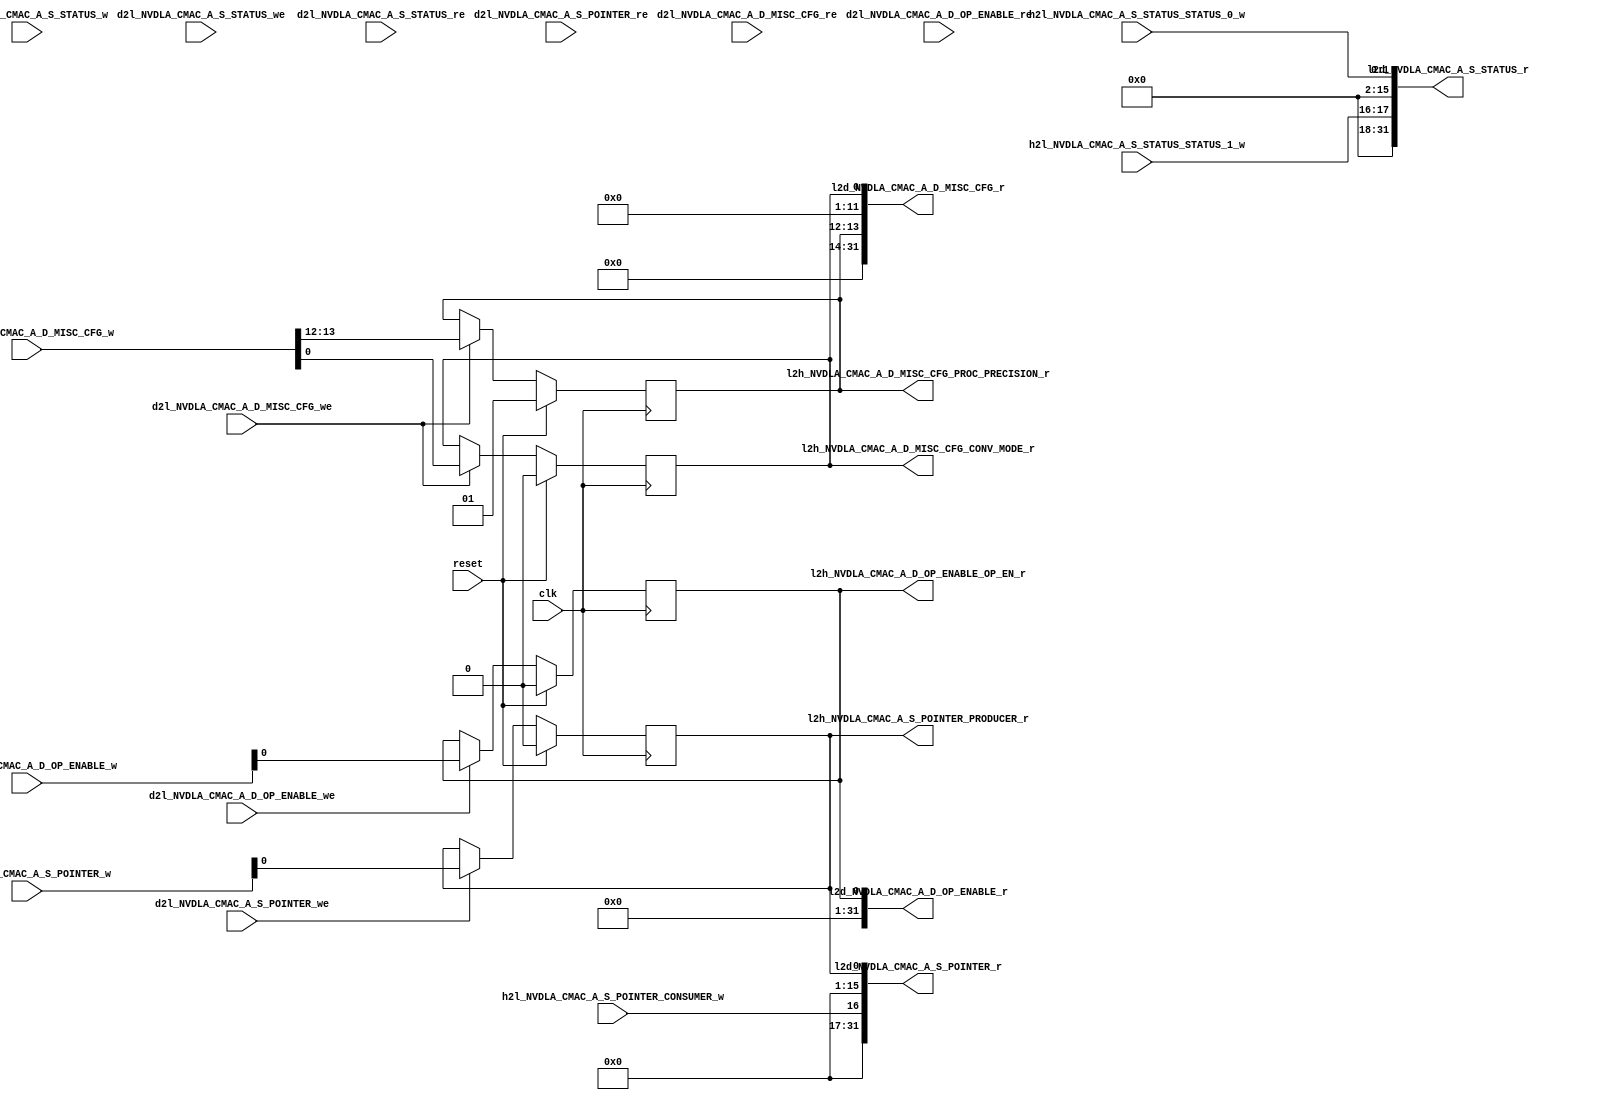
//   Ordt 171103.01 autogenerated file 
//   Input: NVDLA_CMAC_A.rdl
//   Parms: opendla.parms
//

//
//---------- module addrmap_NVDLA_jrdl_logic
//
module addrmap_NVDLA_jrdl_logic
(
  clk,
  reset,
  d2l_NVDLA_CMAC_A_S_STATUS_w,
  d2l_NVDLA_CMAC_A_S_STATUS_we,
  d2l_NVDLA_CMAC_A_S_STATUS_re,
  d2l_NVDLA_CMAC_A_S_POINTER_w,
  d2l_NVDLA_CMAC_A_S_POINTER_we,
  d2l_NVDLA_CMAC_A_S_POINTER_re,
  d2l_NVDLA_CMAC_A_D_OP_ENABLE_w,
  d2l_NVDLA_CMAC_A_D_OP_ENABLE_we,
  d2l_NVDLA_CMAC_A_D_OP_ENABLE_re,
  d2l_NVDLA_CMAC_A_D_MISC_CFG_w,
  d2l_NVDLA_CMAC_A_D_MISC_CFG_we,
  d2l_NVDLA_CMAC_A_D_MISC_CFG_re,
  h2l_NVDLA_CMAC_A_S_STATUS_STATUS_0_w,
  h2l_NVDLA_CMAC_A_S_STATUS_STATUS_1_w,
  h2l_NVDLA_CMAC_A_S_POINTER_CONSUMER_w,

  l2d_NVDLA_CMAC_A_S_STATUS_r,
  l2d_NVDLA_CMAC_A_S_POINTER_r,
  l2d_NVDLA_CMAC_A_D_OP_ENABLE_r,
  l2d_NVDLA_CMAC_A_D_MISC_CFG_r,
  l2h_NVDLA_CMAC_A_S_POINTER_PRODUCER_r,
  l2h_NVDLA_CMAC_A_D_OP_ENABLE_OP_EN_r,
  l2h_NVDLA_CMAC_A_D_MISC_CFG_CONV_MODE_r,
  l2h_NVDLA_CMAC_A_D_MISC_CFG_PROC_PRECISION_r );

  //------- inputs
  input    clk;
  input    reset;
  input     [31:0] d2l_NVDLA_CMAC_A_S_STATUS_w;
  input    d2l_NVDLA_CMAC_A_S_STATUS_we;
  input    d2l_NVDLA_CMAC_A_S_STATUS_re;
  input     [31:0] d2l_NVDLA_CMAC_A_S_POINTER_w;
  input    d2l_NVDLA_CMAC_A_S_POINTER_we;
  input    d2l_NVDLA_CMAC_A_S_POINTER_re;
  input     [31:0] d2l_NVDLA_CMAC_A_D_OP_ENABLE_w;
  input    d2l_NVDLA_CMAC_A_D_OP_ENABLE_we;
  input    d2l_NVDLA_CMAC_A_D_OP_ENABLE_re;
  input     [31:0] d2l_NVDLA_CMAC_A_D_MISC_CFG_w;
  input    d2l_NVDLA_CMAC_A_D_MISC_CFG_we;
  input    d2l_NVDLA_CMAC_A_D_MISC_CFG_re;
  input     [1:0] h2l_NVDLA_CMAC_A_S_STATUS_STATUS_0_w;
  input     [1:0] h2l_NVDLA_CMAC_A_S_STATUS_STATUS_1_w;
  input    h2l_NVDLA_CMAC_A_S_POINTER_CONSUMER_w;

  //------- outputs
  output     [31:0] l2d_NVDLA_CMAC_A_S_STATUS_r;
  output     [31:0] l2d_NVDLA_CMAC_A_S_POINTER_r;
  output     [31:0] l2d_NVDLA_CMAC_A_D_OP_ENABLE_r;
  output     [31:0] l2d_NVDLA_CMAC_A_D_MISC_CFG_r;
  output    l2h_NVDLA_CMAC_A_S_POINTER_PRODUCER_r;
  output    l2h_NVDLA_CMAC_A_D_OP_ENABLE_OP_EN_r;
  output    l2h_NVDLA_CMAC_A_D_MISC_CFG_CONV_MODE_r;
  output     [1:0] l2h_NVDLA_CMAC_A_D_MISC_CFG_PROC_PRECISION_r;


  //------- reg defines
  reg   [1:0] rg_NVDLA_CMAC_A_S_STATUS_STATUS_0;
  reg   [1:0] rg_NVDLA_CMAC_A_S_STATUS_STATUS_1;
  reg   [31:0] l2d_NVDLA_CMAC_A_S_STATUS_r;
  reg  rg_NVDLA_CMAC_A_S_POINTER_PRODUCER;
  reg  reg_NVDLA_CMAC_A_S_POINTER_PRODUCER_next;
  reg  l2h_NVDLA_CMAC_A_S_POINTER_PRODUCER_r;
  reg  rg_NVDLA_CMAC_A_S_POINTER_CONSUMER;
  reg   [31:0] l2d_NVDLA_CMAC_A_S_POINTER_r;
  reg  rg_NVDLA_CMAC_A_D_OP_ENABLE_OP_EN;
  reg  reg_NVDLA_CMAC_A_D_OP_ENABLE_OP_EN_next;
  reg  l2h_NVDLA_CMAC_A_D_OP_ENABLE_OP_EN_r;
  reg   [31:0] l2d_NVDLA_CMAC_A_D_OP_ENABLE_r;
  reg  rg_NVDLA_CMAC_A_D_MISC_CFG_CONV_MODE;
  reg  reg_NVDLA_CMAC_A_D_MISC_CFG_CONV_MODE_next;
  reg  l2h_NVDLA_CMAC_A_D_MISC_CFG_CONV_MODE_r;
  reg   [1:0] rg_NVDLA_CMAC_A_D_MISC_CFG_PROC_PRECISION;
  reg   [1:0] reg_NVDLA_CMAC_A_D_MISC_CFG_PROC_PRECISION_next;
  reg   [1:0] l2h_NVDLA_CMAC_A_D_MISC_CFG_PROC_PRECISION_r;
  reg   [31:0] l2d_NVDLA_CMAC_A_D_MISC_CFG_r;
  
  
  //------- combinatorial assigns for NVDLA_CMAC_A_D_OP_ENABLE
  always @ (*) begin
    reg_NVDLA_CMAC_A_D_OP_ENABLE_OP_EN_next = rg_NVDLA_CMAC_A_D_OP_ENABLE_OP_EN;
    l2h_NVDLA_CMAC_A_D_OP_ENABLE_OP_EN_r = rg_NVDLA_CMAC_A_D_OP_ENABLE_OP_EN;
    if (d2l_NVDLA_CMAC_A_D_OP_ENABLE_we) reg_NVDLA_CMAC_A_D_OP_ENABLE_OP_EN_next = d2l_NVDLA_CMAC_A_D_OP_ENABLE_w [0] ;
  end
  
  //------- reg assigns for NVDLA_CMAC_A_D_OP_ENABLE
  always @ (posedge clk) begin
    if (reset) begin
      rg_NVDLA_CMAC_A_D_OP_ENABLE_OP_EN <= #1 1'h0;
    end
    else begin
      rg_NVDLA_CMAC_A_D_OP_ENABLE_OP_EN <= #1  reg_NVDLA_CMAC_A_D_OP_ENABLE_OP_EN_next;
    end
  end
  
  //------- combinatorial assigns for NVDLA_CMAC_A_D_MISC_CFG (pio read data)
  always @ (*) begin
    l2d_NVDLA_CMAC_A_D_MISC_CFG_r = 32'b0;
    l2d_NVDLA_CMAC_A_D_MISC_CFG_r [0]  = rg_NVDLA_CMAC_A_D_MISC_CFG_CONV_MODE;
    l2d_NVDLA_CMAC_A_D_MISC_CFG_r [13:12]  = rg_NVDLA_CMAC_A_D_MISC_CFG_PROC_PRECISION;
  end
  
  //------- combinatorial assigns for NVDLA_CMAC_A_S_POINTER
  always @ (*) begin
    reg_NVDLA_CMAC_A_S_POINTER_PRODUCER_next = rg_NVDLA_CMAC_A_S_POINTER_PRODUCER;
    l2h_NVDLA_CMAC_A_S_POINTER_PRODUCER_r = rg_NVDLA_CMAC_A_S_POINTER_PRODUCER;
    rg_NVDLA_CMAC_A_S_POINTER_CONSUMER =  h2l_NVDLA_CMAC_A_S_POINTER_CONSUMER_w;
    if (d2l_NVDLA_CMAC_A_S_POINTER_we) reg_NVDLA_CMAC_A_S_POINTER_PRODUCER_next = d2l_NVDLA_CMAC_A_S_POINTER_w [0] ;
  end
  
  //------- reg assigns for NVDLA_CMAC_A_S_POINTER
  always @ (posedge clk) begin
    if (reset) begin
      rg_NVDLA_CMAC_A_S_POINTER_PRODUCER <= #1 1'h0;
    end
    else begin
      rg_NVDLA_CMAC_A_S_POINTER_PRODUCER <= #1  reg_NVDLA_CMAC_A_S_POINTER_PRODUCER_next;
    end
  end
  
  //------- combinatorial assigns for NVDLA_CMAC_A_S_STATUS
  always @ (*) begin
    rg_NVDLA_CMAC_A_S_STATUS_STATUS_0 =  h2l_NVDLA_CMAC_A_S_STATUS_STATUS_0_w;
    rg_NVDLA_CMAC_A_S_STATUS_STATUS_1 =  h2l_NVDLA_CMAC_A_S_STATUS_STATUS_1_w;
  end
  
  //------- combinatorial assigns for NVDLA_CMAC_A_D_OP_ENABLE (pio read data)
  always @ (*) begin
    l2d_NVDLA_CMAC_A_D_OP_ENABLE_r = 32'b0;
    l2d_NVDLA_CMAC_A_D_OP_ENABLE_r [0]  = rg_NVDLA_CMAC_A_D_OP_ENABLE_OP_EN;
  end
  
  //------- combinatorial assigns for NVDLA_CMAC_A_D_MISC_CFG
  always @ (*) begin
    reg_NVDLA_CMAC_A_D_MISC_CFG_CONV_MODE_next = rg_NVDLA_CMAC_A_D_MISC_CFG_CONV_MODE;
    l2h_NVDLA_CMAC_A_D_MISC_CFG_CONV_MODE_r = rg_NVDLA_CMAC_A_D_MISC_CFG_CONV_MODE;
    reg_NVDLA_CMAC_A_D_MISC_CFG_PROC_PRECISION_next = rg_NVDLA_CMAC_A_D_MISC_CFG_PROC_PRECISION;
    l2h_NVDLA_CMAC_A_D_MISC_CFG_PROC_PRECISION_r = rg_NVDLA_CMAC_A_D_MISC_CFG_PROC_PRECISION;
    if (d2l_NVDLA_CMAC_A_D_MISC_CFG_we) reg_NVDLA_CMAC_A_D_MISC_CFG_CONV_MODE_next = d2l_NVDLA_CMAC_A_D_MISC_CFG_w [0] ;
    if (d2l_NVDLA_CMAC_A_D_MISC_CFG_we) reg_NVDLA_CMAC_A_D_MISC_CFG_PROC_PRECISION_next = d2l_NVDLA_CMAC_A_D_MISC_CFG_w [13:12] ;
  end
  
  //------- reg assigns for NVDLA_CMAC_A_D_MISC_CFG
  always @ (posedge clk) begin
    if (reset) begin
      rg_NVDLA_CMAC_A_D_MISC_CFG_CONV_MODE <= #1 1'h0;
      rg_NVDLA_CMAC_A_D_MISC_CFG_PROC_PRECISION <= #1 2'h1;
    end
    else begin
      rg_NVDLA_CMAC_A_D_MISC_CFG_CONV_MODE <= #1  reg_NVDLA_CMAC_A_D_MISC_CFG_CONV_MODE_next;
      rg_NVDLA_CMAC_A_D_MISC_CFG_PROC_PRECISION <= #1  reg_NVDLA_CMAC_A_D_MISC_CFG_PROC_PRECISION_next;
    end
  end
  
  //------- combinatorial assigns for NVDLA_CMAC_A_S_POINTER (pio read data)
  always @ (*) begin
    l2d_NVDLA_CMAC_A_S_POINTER_r = 32'b0;
    l2d_NVDLA_CMAC_A_S_POINTER_r [0]  = rg_NVDLA_CMAC_A_S_POINTER_PRODUCER;
    l2d_NVDLA_CMAC_A_S_POINTER_r [16]  = rg_NVDLA_CMAC_A_S_POINTER_CONSUMER;
  end
  
  //------- combinatorial assigns for NVDLA_CMAC_A_S_STATUS (pio read data)
  always @ (*) begin
    l2d_NVDLA_CMAC_A_S_STATUS_r = 32'b0;
    l2d_NVDLA_CMAC_A_S_STATUS_r [1:0]  = rg_NVDLA_CMAC_A_S_STATUS_STATUS_0;
    l2d_NVDLA_CMAC_A_S_STATUS_r [17:16]  = rg_NVDLA_CMAC_A_S_STATUS_STATUS_1;
  end
  
endmodule

//
//---------- module addrmap_NVDLA_jrdl_decode
//
module addrmap_NVDLA_jrdl_decode
(
  clk,
  reset,
  leaf_dec_wr_data,
  leaf_dec_addr,
  leaf_dec_block_sel,
  leaf_dec_valid,
  leaf_dec_wr_dvld,
  leaf_dec_cycle,
  leaf_dec_wr_width,
  l2d_NVDLA_CMAC_A_S_STATUS_r,
  l2d_NVDLA_CMAC_A_S_POINTER_r,
  l2d_NVDLA_CMAC_A_D_OP_ENABLE_r,
  l2d_NVDLA_CMAC_A_D_MISC_CFG_r,

  dec_leaf_rd_data,
  dec_leaf_ack,
  dec_leaf_nack,
  dec_leaf_accept,
  dec_leaf_reject,
  dec_leaf_retry_atomic,
  dec_leaf_data_width,
  d2l_NVDLA_CMAC_A_S_STATUS_w,
  d2l_NVDLA_CMAC_A_S_STATUS_we,
  d2l_NVDLA_CMAC_A_S_STATUS_re,
  d2l_NVDLA_CMAC_A_S_POINTER_w,
  d2l_NVDLA_CMAC_A_S_POINTER_we,
  d2l_NVDLA_CMAC_A_S_POINTER_re,
  d2l_NVDLA_CMAC_A_D_OP_ENABLE_w,
  d2l_NVDLA_CMAC_A_D_OP_ENABLE_we,
  d2l_NVDLA_CMAC_A_D_OP_ENABLE_re,
  d2l_NVDLA_CMAC_A_D_MISC_CFG_w,
  d2l_NVDLA_CMAC_A_D_MISC_CFG_we,
  d2l_NVDLA_CMAC_A_D_MISC_CFG_re );

  //------- inputs
  input    clk;
  input    reset;
  input     [31:0] leaf_dec_wr_data;
  input     [39:0] leaf_dec_addr;
  input    leaf_dec_block_sel;
  input    leaf_dec_valid;
  input    leaf_dec_wr_dvld;
  input     [1:0] leaf_dec_cycle;
  input     [2:0] leaf_dec_wr_width;
  input     [31:0] l2d_NVDLA_CMAC_A_S_STATUS_r;
  input     [31:0] l2d_NVDLA_CMAC_A_S_POINTER_r;
  input     [31:0] l2d_NVDLA_CMAC_A_D_OP_ENABLE_r;
  input     [31:0] l2d_NVDLA_CMAC_A_D_MISC_CFG_r;

  //------- outputs
  output     [31:0] dec_leaf_rd_data;
  output    dec_leaf_ack;
  output    dec_leaf_nack;
  output    dec_leaf_accept;
  output    dec_leaf_reject;
  output    dec_leaf_retry_atomic;
  output     [2:0] dec_leaf_data_width;
  output     [31:0] d2l_NVDLA_CMAC_A_S_STATUS_w;
  output    d2l_NVDLA_CMAC_A_S_STATUS_we;
  output    d2l_NVDLA_CMAC_A_S_STATUS_re;
  output     [31:0] d2l_NVDLA_CMAC_A_S_POINTER_w;
  output    d2l_NVDLA_CMAC_A_S_POINTER_we;
  output    d2l_NVDLA_CMAC_A_S_POINTER_re;
  output     [31:0] d2l_NVDLA_CMAC_A_D_OP_ENABLE_w;
  output    d2l_NVDLA_CMAC_A_D_OP_ENABLE_we;
  output    d2l_NVDLA_CMAC_A_D_OP_ENABLE_re;
  output     [31:0] d2l_NVDLA_CMAC_A_D_MISC_CFG_w;
  output    d2l_NVDLA_CMAC_A_D_MISC_CFG_we;
  output    d2l_NVDLA_CMAC_A_D_MISC_CFG_re;


  //------- wire defines
  wire   [31:0] pio_dec_write_data;
  wire   [14:2] pio_dec_address;
  wire  pio_dec_read;
  wire  pio_dec_write;
  wire   [39:0] block_sel_addr;
  wire  block_sel;
  wire  leaf_dec_valid_active;
  wire  leaf_dec_wr_dvld_active;
  
  //------- reg defines
  reg   [31:0] d2l_NVDLA_CMAC_A_S_STATUS_w;
  reg  d2l_NVDLA_CMAC_A_S_STATUS_we;
  reg  d2l_NVDLA_CMAC_A_S_STATUS_re;
  reg   [31:0] d2l_NVDLA_CMAC_A_S_POINTER_w;
  reg  d2l_NVDLA_CMAC_A_S_POINTER_we;
  reg  d2l_NVDLA_CMAC_A_S_POINTER_re;
  reg   [31:0] d2l_NVDLA_CMAC_A_D_OP_ENABLE_w;
  reg  d2l_NVDLA_CMAC_A_D_OP_ENABLE_we;
  reg  d2l_NVDLA_CMAC_A_D_OP_ENABLE_re;
  reg   [31:0] d2l_NVDLA_CMAC_A_D_MISC_CFG_w;
  reg  d2l_NVDLA_CMAC_A_D_MISC_CFG_we;
  reg  d2l_NVDLA_CMAC_A_D_MISC_CFG_re;
  reg  leaf_dec_valid_hld1;
  reg  leaf_dec_valid_hld1_next;
  reg  leaf_dec_wr_dvld_hld1;
  reg  leaf_dec_wr_dvld_hld1_next;
  reg  pio_write_active;
  reg  pio_read_active;
  reg   [14:2] pio_dec_address_d1;
  reg   [31:0] pio_dec_write_data_d1;
  reg   [31:0] dec_pio_read_data;
  reg   [31:0] dec_pio_read_data_d1;
  reg  dec_pio_ack;
  reg  dec_pio_nack;
  reg  dec_pio_ack_next;
  reg  dec_pio_nack_next;
  reg  pio_internal_ack;
  reg  pio_internal_nack;
  reg  pio_external_ack;
  reg  pio_external_nack;
  reg  pio_external_ack_next;
  reg  pio_external_nack_next;
  reg  pio_no_acks;
  reg  pio_activate_write;
  reg  pio_activate_read;
  reg   [31:0] dec_pio_read_data_next;
  reg  external_transaction_active;
  
  
  //------- assigns
  assign  pio_dec_write_data = leaf_dec_wr_data;
  assign  dec_leaf_rd_data = dec_pio_read_data;
  assign  dec_leaf_ack = dec_pio_ack;
  assign  dec_leaf_nack = dec_pio_nack;
  assign  pio_dec_address = leaf_dec_addr [14:2] ;
  assign  block_sel_addr = 40'h0;
  assign  block_sel = leaf_dec_block_sel;
  assign  leaf_dec_wr_dvld_active = leaf_dec_wr_dvld | leaf_dec_wr_dvld_hld1;
  assign  leaf_dec_valid_active = leaf_dec_valid | leaf_dec_valid_hld1;
  assign  dec_leaf_accept = leaf_dec_valid & block_sel;
  assign  dec_leaf_reject = leaf_dec_valid & ~block_sel;
  assign  pio_dec_read = block_sel & leaf_dec_valid_active & (leaf_dec_cycle == 2'b10);
  assign  pio_dec_write = block_sel & leaf_dec_wr_dvld_active & (leaf_dec_cycle[1] == 1'b0);
  assign  dec_leaf_retry_atomic = 1'b0;
  assign  dec_leaf_data_width = 3'b0;
  
  //------- combinatorial assigns for pio read data
  always @ (*) begin
    dec_pio_read_data = dec_pio_read_data_d1;
  end
  
  //------- reg assigns for pio read data
  always @ (posedge clk) begin
    if (reset) begin
      dec_pio_read_data_d1 <= #1  32'b0;
    end
    else begin
      dec_pio_read_data_d1 <= #1 dec_pio_read_data_next;
    end
  end
  
  //------- reg assigns for pio i/f
  always @ (posedge clk) begin
    if (reset) begin
      pio_write_active <= #1  1'b0;
      pio_read_active <= #1  1'b0;
    end
    else begin
      pio_write_active <= #1  pio_write_active ? pio_no_acks : pio_activate_write;
      pio_read_active <= #1  pio_read_active ? pio_no_acks : pio_activate_read;
      pio_dec_address_d1 <= #1   pio_dec_address;
      pio_dec_write_data_d1 <= #1  pio_dec_write_data;
    end
  end
  
  //------- combinatorial assigns for leaf i/f
  always @ (*) begin
    leaf_dec_valid_hld1_next = leaf_dec_valid | leaf_dec_valid_hld1;
    if (dec_pio_ack_next | dec_pio_nack_next) leaf_dec_valid_hld1_next = 1'b0;
    leaf_dec_wr_dvld_hld1_next = leaf_dec_wr_dvld | leaf_dec_wr_dvld_hld1;
    if (dec_pio_ack_next | dec_pio_nack_next | leaf_dec_valid) leaf_dec_wr_dvld_hld1_next = 1'b0;
  end
  
  //------- reg assigns for leaf i/f
  always @ (posedge clk) begin
    if (reset) begin
      leaf_dec_valid_hld1 <= #1  1'b0;
      leaf_dec_wr_dvld_hld1 <= #1  1'b0;
    end
    else begin
      leaf_dec_valid_hld1 <= #1 leaf_dec_valid_hld1_next;
      leaf_dec_wr_dvld_hld1 <= #1 leaf_dec_wr_dvld_hld1_next;
    end
  end
  
  //------- combinatorial assigns for pio ack/nack
  always @ (*) begin
    pio_internal_nack = (pio_read_active | pio_write_active) & ~pio_internal_ack & ~external_transaction_active;
    dec_pio_ack_next = (pio_internal_ack | (pio_external_ack_next & external_transaction_active));
    dec_pio_nack_next = (pio_internal_nack | (pio_external_nack_next & external_transaction_active));
    pio_no_acks = ~(dec_pio_ack | dec_pio_nack | pio_external_ack | pio_external_nack);
    pio_activate_write = (pio_dec_write & ~(dec_pio_ack | dec_pio_nack));
    pio_activate_read = (pio_dec_read & ~(dec_pio_ack | dec_pio_nack));
  end
  
  //------- reg assigns for pio ack/nack
  always @ (posedge clk) begin
    if (reset) begin
      dec_pio_ack <= #1 1'b0;
      dec_pio_nack <= #1 1'b0;
      pio_external_ack <= #1  1'b0;
      pio_external_nack <= #1  1'b0;
    end
    else begin
      dec_pio_ack <= #1 dec_pio_ack ? 1'b0 : dec_pio_ack_next;
      dec_pio_nack <= #1 dec_pio_nack ? 1'b0 : dec_pio_nack_next;
      pio_external_ack <= #1 pio_external_ack_next;
      pio_external_nack <= #1 pio_external_nack_next;
    end
  end
  
  
  //------- address decode
  always @ (*) begin
    pio_internal_ack = 1'b0;
    external_transaction_active = 1'b0;
    pio_external_ack_next = 1'b0;
    pio_external_nack_next = 1'b0;
    dec_pio_read_data_next = 32'b0;
    
    d2l_NVDLA_CMAC_A_S_STATUS_w = pio_dec_write_data_d1  [31:0] ;
    d2l_NVDLA_CMAC_A_S_STATUS_we = 1'b0;
    d2l_NVDLA_CMAC_A_S_STATUS_re = 1'b0;
    d2l_NVDLA_CMAC_A_S_POINTER_w = pio_dec_write_data_d1  [31:0] ;
    d2l_NVDLA_CMAC_A_S_POINTER_we = 1'b0;
    d2l_NVDLA_CMAC_A_S_POINTER_re = 1'b0;
    d2l_NVDLA_CMAC_A_D_OP_ENABLE_w = pio_dec_write_data_d1  [31:0] ;
    d2l_NVDLA_CMAC_A_D_OP_ENABLE_we = 1'b0;
    d2l_NVDLA_CMAC_A_D_OP_ENABLE_re = 1'b0;
    d2l_NVDLA_CMAC_A_D_MISC_CFG_w = pio_dec_write_data_d1  [31:0] ;
    d2l_NVDLA_CMAC_A_D_MISC_CFG_we = 1'b0;
    d2l_NVDLA_CMAC_A_D_MISC_CFG_re = 1'b0;
    
    casez(pio_dec_address_d1)
    //  Register: NVDLA_CMAC_A.S_STATUS     Address: 0x5000     External: false
    13'b1010000000000:
      begin
        d2l_NVDLA_CMAC_A_S_STATUS_we = pio_write_active & ~dec_pio_ack;
        d2l_NVDLA_CMAC_A_S_STATUS_re = pio_read_active & ~dec_pio_ack;
        pio_internal_ack =  pio_read_active;
        dec_pio_read_data_next  [31:0]  = l2d_NVDLA_CMAC_A_S_STATUS_r;
      end
    //  Register: NVDLA_CMAC_A.S_POINTER     Address: 0x5004     External: false
    13'b1010000000001:
      begin
        d2l_NVDLA_CMAC_A_S_POINTER_we = pio_write_active & ~dec_pio_ack;
        d2l_NVDLA_CMAC_A_S_POINTER_re = pio_read_active & ~dec_pio_ack;
        pio_internal_ack =  pio_read_active | pio_write_active;
        dec_pio_read_data_next  [31:0]  = l2d_NVDLA_CMAC_A_S_POINTER_r;
      end
    //  Register: NVDLA_CMAC_A.D_OP_ENABLE     Address: 0x5008     External: false
    13'b1010000000010:
      begin
        d2l_NVDLA_CMAC_A_D_OP_ENABLE_we = pio_write_active & ~dec_pio_ack;
        d2l_NVDLA_CMAC_A_D_OP_ENABLE_re = pio_read_active & ~dec_pio_ack;
        pio_internal_ack =  pio_read_active | pio_write_active;
        dec_pio_read_data_next  [31:0]  = l2d_NVDLA_CMAC_A_D_OP_ENABLE_r;
      end
    //  Register: NVDLA_CMAC_A.D_MISC_CFG     Address: 0x500c     External: false
    13'b1010000000011:
      begin
        d2l_NVDLA_CMAC_A_D_MISC_CFG_we = pio_write_active & ~dec_pio_ack;
        d2l_NVDLA_CMAC_A_D_MISC_CFG_re = pio_read_active & ~dec_pio_ack;
        pio_internal_ack =  pio_read_active | pio_write_active;
        dec_pio_read_data_next  [31:0]  = l2d_NVDLA_CMAC_A_D_MISC_CFG_r;
      end
    endcase
  end
  
endmodule

//
//---------- module addrmap_NVDLA_pio
//
module addrmap_NVDLA_pio
(
  clk,
  reset,
  h2l_NVDLA_CMAC_A_S_STATUS_STATUS_0_w,
  h2l_NVDLA_CMAC_A_S_STATUS_STATUS_1_w,
  h2l_NVDLA_CMAC_A_S_POINTER_CONSUMER_w,
  leaf_dec_wr_data,
  leaf_dec_addr,
  leaf_dec_block_sel,
  leaf_dec_valid,
  leaf_dec_wr_dvld,
  leaf_dec_cycle,
  leaf_dec_wr_width,

  l2h_NVDLA_CMAC_A_S_POINTER_PRODUCER_r,
  l2h_NVDLA_CMAC_A_D_OP_ENABLE_OP_EN_r,
  l2h_NVDLA_CMAC_A_D_MISC_CFG_CONV_MODE_r,
  l2h_NVDLA_CMAC_A_D_MISC_CFG_PROC_PRECISION_r,
  dec_leaf_rd_data,
  dec_leaf_ack,
  dec_leaf_nack,
  dec_leaf_accept,
  dec_leaf_reject,
  dec_leaf_retry_atomic,
  dec_leaf_data_width );

  //------- inputs
  input    clk;
  input    reset;
  input     [1:0] h2l_NVDLA_CMAC_A_S_STATUS_STATUS_0_w;
  input     [1:0] h2l_NVDLA_CMAC_A_S_STATUS_STATUS_1_w;
  input    h2l_NVDLA_CMAC_A_S_POINTER_CONSUMER_w;
  input     [31:0] leaf_dec_wr_data;
  input     [39:0] leaf_dec_addr;
  input    leaf_dec_block_sel;
  input    leaf_dec_valid;
  input    leaf_dec_wr_dvld;
  input     [1:0] leaf_dec_cycle;
  input     [2:0] leaf_dec_wr_width;

  //------- outputs
  output    l2h_NVDLA_CMAC_A_S_POINTER_PRODUCER_r;
  output    l2h_NVDLA_CMAC_A_D_OP_ENABLE_OP_EN_r;
  output    l2h_NVDLA_CMAC_A_D_MISC_CFG_CONV_MODE_r;
  output     [1:0] l2h_NVDLA_CMAC_A_D_MISC_CFG_PROC_PRECISION_r;
  output     [31:0] dec_leaf_rd_data;
  output    dec_leaf_ack;
  output    dec_leaf_nack;
  output    dec_leaf_accept;
  output    dec_leaf_reject;
  output    dec_leaf_retry_atomic;
  output     [2:0] dec_leaf_data_width;


  //------- wire defines
  wire   [31:0] d2l_NVDLA_CMAC_A_S_STATUS_w;
  wire  d2l_NVDLA_CMAC_A_S_STATUS_we;
  wire  d2l_NVDLA_CMAC_A_S_STATUS_re;
  wire   [31:0] d2l_NVDLA_CMAC_A_S_POINTER_w;
  wire  d2l_NVDLA_CMAC_A_S_POINTER_we;
  wire  d2l_NVDLA_CMAC_A_S_POINTER_re;
  wire   [31:0] d2l_NVDLA_CMAC_A_D_OP_ENABLE_w;
  wire  d2l_NVDLA_CMAC_A_D_OP_ENABLE_we;
  wire  d2l_NVDLA_CMAC_A_D_OP_ENABLE_re;
  wire   [31:0] d2l_NVDLA_CMAC_A_D_MISC_CFG_w;
  wire  d2l_NVDLA_CMAC_A_D_MISC_CFG_we;
  wire  d2l_NVDLA_CMAC_A_D_MISC_CFG_re;
  wire   [31:0] l2d_NVDLA_CMAC_A_S_STATUS_r;
  wire   [31:0] l2d_NVDLA_CMAC_A_S_POINTER_r;
  wire   [31:0] l2d_NVDLA_CMAC_A_D_OP_ENABLE_r;
  wire   [31:0] l2d_NVDLA_CMAC_A_D_MISC_CFG_r;
  
  
  addrmap_NVDLA_jrdl_decode pio_decode (
    .clk(clk),
    .reset(reset),
    .leaf_dec_wr_data(leaf_dec_wr_data),
    .leaf_dec_addr(leaf_dec_addr),
    .leaf_dec_block_sel(leaf_dec_block_sel),
    .leaf_dec_valid(leaf_dec_valid),
    .leaf_dec_wr_dvld(leaf_dec_wr_dvld),
    .leaf_dec_cycle(leaf_dec_cycle),
    .leaf_dec_wr_width(leaf_dec_wr_width),
    .l2d_NVDLA_CMAC_A_S_STATUS_r(l2d_NVDLA_CMAC_A_S_STATUS_r),
    .l2d_NVDLA_CMAC_A_S_POINTER_r(l2d_NVDLA_CMAC_A_S_POINTER_r),
    .l2d_NVDLA_CMAC_A_D_OP_ENABLE_r(l2d_NVDLA_CMAC_A_D_OP_ENABLE_r),
    .l2d_NVDLA_CMAC_A_D_MISC_CFG_r(l2d_NVDLA_CMAC_A_D_MISC_CFG_r),
    .dec_leaf_rd_data(dec_leaf_rd_data),
    .dec_leaf_ack(dec_leaf_ack),
    .dec_leaf_nack(dec_leaf_nack),
    .dec_leaf_accept(dec_leaf_accept),
    .dec_leaf_reject(dec_leaf_reject),
    .dec_leaf_retry_atomic(dec_leaf_retry_atomic),
    .dec_leaf_data_width(dec_leaf_data_width),
    .d2l_NVDLA_CMAC_A_S_STATUS_w(d2l_NVDLA_CMAC_A_S_STATUS_w),
    .d2l_NVDLA_CMAC_A_S_STATUS_we(d2l_NVDLA_CMAC_A_S_STATUS_we),
    .d2l_NVDLA_CMAC_A_S_STATUS_re(d2l_NVDLA_CMAC_A_S_STATUS_re),
    .d2l_NVDLA_CMAC_A_S_POINTER_w(d2l_NVDLA_CMAC_A_S_POINTER_w),
    .d2l_NVDLA_CMAC_A_S_POINTER_we(d2l_NVDLA_CMAC_A_S_POINTER_we),
    .d2l_NVDLA_CMAC_A_S_POINTER_re(d2l_NVDLA_CMAC_A_S_POINTER_re),
    .d2l_NVDLA_CMAC_A_D_OP_ENABLE_w(d2l_NVDLA_CMAC_A_D_OP_ENABLE_w),
    .d2l_NVDLA_CMAC_A_D_OP_ENABLE_we(d2l_NVDLA_CMAC_A_D_OP_ENABLE_we),
    .d2l_NVDLA_CMAC_A_D_OP_ENABLE_re(d2l_NVDLA_CMAC_A_D_OP_ENABLE_re),
    .d2l_NVDLA_CMAC_A_D_MISC_CFG_w(d2l_NVDLA_CMAC_A_D_MISC_CFG_w),
    .d2l_NVDLA_CMAC_A_D_MISC_CFG_we(d2l_NVDLA_CMAC_A_D_MISC_CFG_we),
    .d2l_NVDLA_CMAC_A_D_MISC_CFG_re(d2l_NVDLA_CMAC_A_D_MISC_CFG_re) );
    
  addrmap_NVDLA_jrdl_logic pio_logic (
    .clk(clk),
    .reset(reset),
    .d2l_NVDLA_CMAC_A_S_STATUS_w(d2l_NVDLA_CMAC_A_S_STATUS_w),
    .d2l_NVDLA_CMAC_A_S_STATUS_we(d2l_NVDLA_CMAC_A_S_STATUS_we),
    .d2l_NVDLA_CMAC_A_S_STATUS_re(d2l_NVDLA_CMAC_A_S_STATUS_re),
    .d2l_NVDLA_CMAC_A_S_POINTER_w(d2l_NVDLA_CMAC_A_S_POINTER_w),
    .d2l_NVDLA_CMAC_A_S_POINTER_we(d2l_NVDLA_CMAC_A_S_POINTER_we),
    .d2l_NVDLA_CMAC_A_S_POINTER_re(d2l_NVDLA_CMAC_A_S_POINTER_re),
    .d2l_NVDLA_CMAC_A_D_OP_ENABLE_w(d2l_NVDLA_CMAC_A_D_OP_ENABLE_w),
    .d2l_NVDLA_CMAC_A_D_OP_ENABLE_we(d2l_NVDLA_CMAC_A_D_OP_ENABLE_we),
    .d2l_NVDLA_CMAC_A_D_OP_ENABLE_re(d2l_NVDLA_CMAC_A_D_OP_ENABLE_re),
    .d2l_NVDLA_CMAC_A_D_MISC_CFG_w(d2l_NVDLA_CMAC_A_D_MISC_CFG_w),
    .d2l_NVDLA_CMAC_A_D_MISC_CFG_we(d2l_NVDLA_CMAC_A_D_MISC_CFG_we),
    .d2l_NVDLA_CMAC_A_D_MISC_CFG_re(d2l_NVDLA_CMAC_A_D_MISC_CFG_re),
    .h2l_NVDLA_CMAC_A_S_STATUS_STATUS_0_w(h2l_NVDLA_CMAC_A_S_STATUS_STATUS_0_w),
    .h2l_NVDLA_CMAC_A_S_STATUS_STATUS_1_w(h2l_NVDLA_CMAC_A_S_STATUS_STATUS_1_w),
    .h2l_NVDLA_CMAC_A_S_POINTER_CONSUMER_w(h2l_NVDLA_CMAC_A_S_POINTER_CONSUMER_w),
    .l2d_NVDLA_CMAC_A_S_STATUS_r(l2d_NVDLA_CMAC_A_S_STATUS_r),
    .l2d_NVDLA_CMAC_A_S_POINTER_r(l2d_NVDLA_CMAC_A_S_POINTER_r),
    .l2d_NVDLA_CMAC_A_D_OP_ENABLE_r(l2d_NVDLA_CMAC_A_D_OP_ENABLE_r),
    .l2d_NVDLA_CMAC_A_D_MISC_CFG_r(l2d_NVDLA_CMAC_A_D_MISC_CFG_r),
    .l2h_NVDLA_CMAC_A_S_POINTER_PRODUCER_r(l2h_NVDLA_CMAC_A_S_POINTER_PRODUCER_r),
    .l2h_NVDLA_CMAC_A_D_OP_ENABLE_OP_EN_r(l2h_NVDLA_CMAC_A_D_OP_ENABLE_OP_EN_r),
    .l2h_NVDLA_CMAC_A_D_MISC_CFG_CONV_MODE_r(l2h_NVDLA_CMAC_A_D_MISC_CFG_CONV_MODE_r),
    .l2h_NVDLA_CMAC_A_D_MISC_CFG_PROC_PRECISION_r(l2h_NVDLA_CMAC_A_D_MISC_CFG_PROC_PRECISION_r) );
    
endmodule